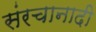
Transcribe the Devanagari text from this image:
संरचानादी